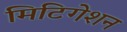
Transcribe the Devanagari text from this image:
मिटिगेशन